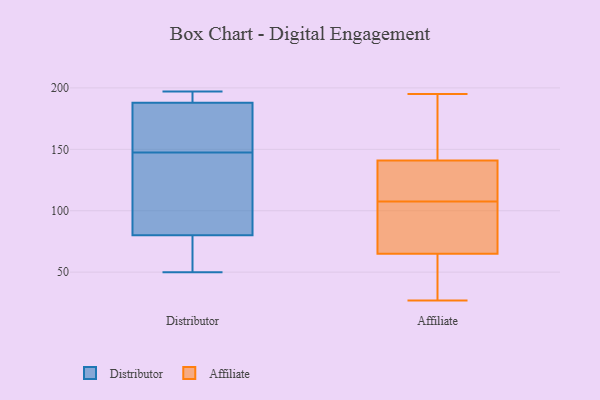
{"axis": {"x": "LTV (USD)", "y": "Value"}, "legend": ["Affiliate", "Distributor"], "data": [{"x": "", "y": 50, "type": "Distributor"}, {"x": "", "y": 143, "type": "Distributor"}, {"x": "", "y": 80, "type": "Distributor"}, {"x": "", "y": 152, "type": "Distributor"}, {"x": "", "y": 156, "type": "Distributor"}, {"x": "", "y": 110, "type": "Distributor"}, {"x": "", "y": 51, "type": "Distributor"}, {"x": "", "y": 197, "type": "Distributor"}, {"x": "", "y": 188, "type": "Distributor"}, {"x": "", "y": 192, "type": "Distributor"}, {"x": "", "y": 94, "type": "Affiliate"}, {"x": "", "y": 178, "type": "Affiliate"}, {"x": "", "y": 61, "type": "Affiliate"}, {"x": "", "y": 153, "type": "Affiliate"}, {"x": "", "y": 122, "type": "Affiliate"}, {"x": "", "y": 60, "type": "Affiliate"}, {"x": "", "y": 121, "type": "Affiliate"}, {"x": "", "y": 27, "type": "Affiliate"}, {"x": "", "y": 70, "type": "Affiliate"}, {"x": "", "y": 195, "type": "Affiliate"}, {"x": "", "y": 69, "type": "Affiliate"}, {"x": "", "y": 129, "type": "Affiliate"}]}